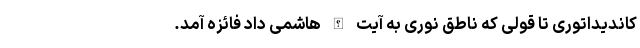
کاندیداتوری تا قولی که ناطق نوری به آیت الله هاشمی داد فائزه آمد.